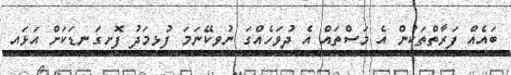
ބައެއް ފަރާތްތަކުން އެ މަސްތައް އެ ދުވަހެއްގަ ނުވިކޭނަމަ ފުޅިމަދު ފޮށިގަނޑަކަށް އަޅައި